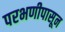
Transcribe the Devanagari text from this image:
परभणीपासून